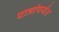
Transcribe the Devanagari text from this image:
पात्रांपर्यंत